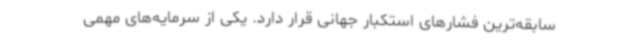
سابقه‌ترین فشارهای استکبار جهانی قرار دارد. یکی از سرمایه‌های مهمی